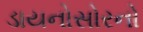
ડાયનોસોરનો